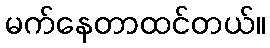
မက်နေတာထင်တယ်။